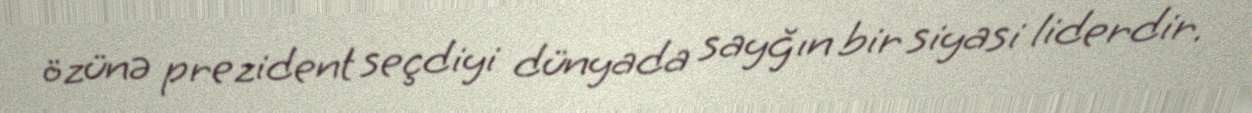
özünə prezident seçdiyi dünyada sayğın bir siyasi liderdir.